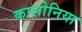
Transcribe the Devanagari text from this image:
कालोनिया